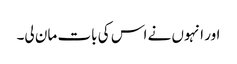
اور انہوں نے اس کی بات مان لی۔